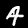
Label: 4